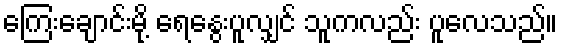
ကြေးချောင်းမို့ ရေနွေးပူလျှင် သူကလည်း ပူလေသည်။